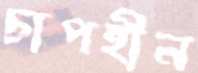
চাপহীন